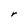
Character: r